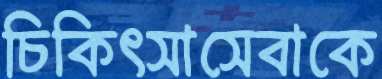
চিকিৎসাসেবাকে